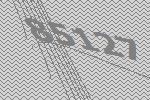
85127